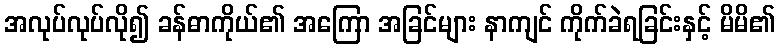
အလုပ်လုပ်လို၍ ခန်ဓာကိုယ်၏ အကြော အခြင်များ နာကျင် ကိုက်ခဲရခြင်းနှင့် မိမိ၏